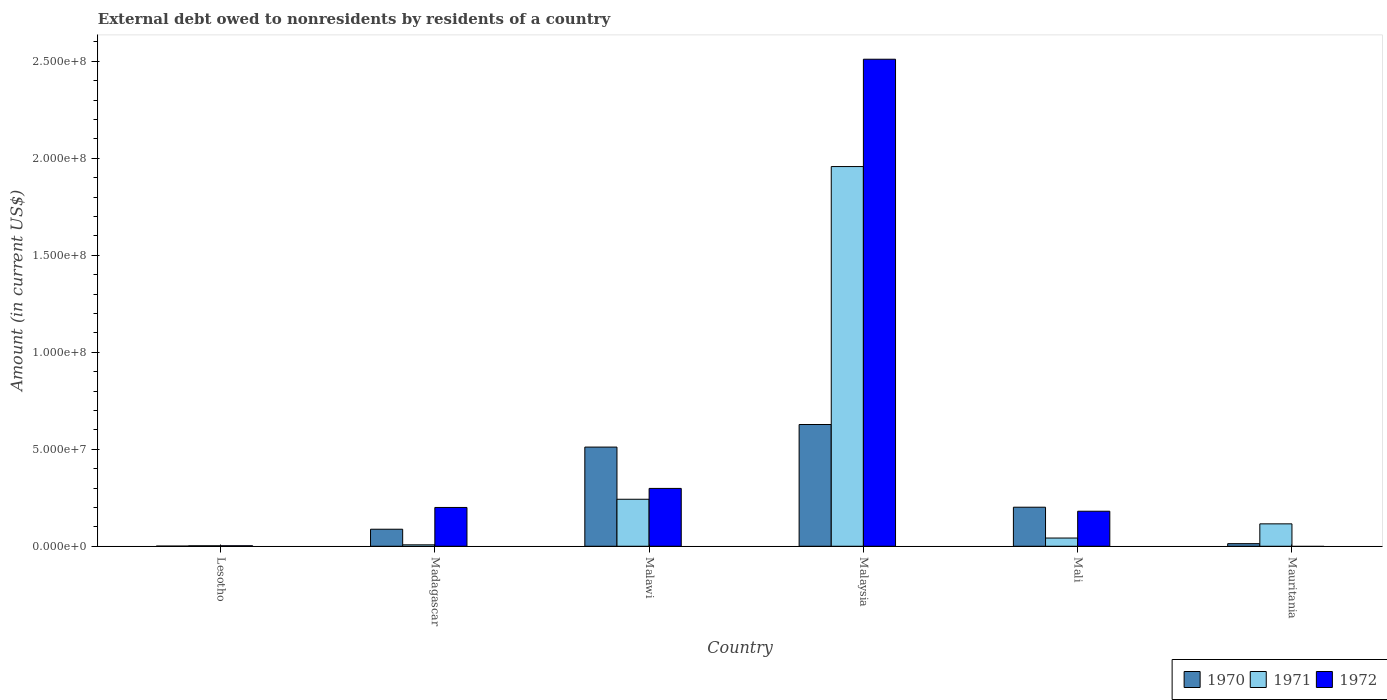
| Country | 1970 | 1971 | 1972 |
 | --- | --- | --- | --- |
 | Lesotho | 7.6e+04 | 2.36e+05 | 2.5e+05 |
 | Madagascar | 8.78e+06 | 7.3e+05 | 2e+07 |
 | Malawi | 5.11e+07 | 2.42e+07 | 2.98e+07 |
 | Malaysia | 6.28e+07 | 1.96e+08 | 2.51e+08 |
 | Mali | 2.01e+07 | 4.24e+06 | 1.81e+07 |
 | Mauritania | 1.34e+06 | 1.15e+07 | -3.57e+06 |